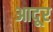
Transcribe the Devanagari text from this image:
आदूर